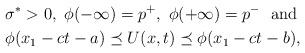
LaTeX: \begin{align*}&\sigma^*>0,\ \phi(-\infty)=p^+,\ \phi(+\infty)=p^-\ \ {\rm and} \\&\phi(x_1-ct-a)\preceq U(x,t)\preceq \phi(x_1-ct-b),\end{align*}